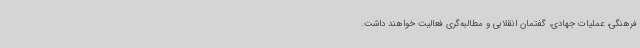
فرهنگی، عملیات جهادی، گفتمان انقلابی و مطالبه‌گری فعالیت خواهند داشت.